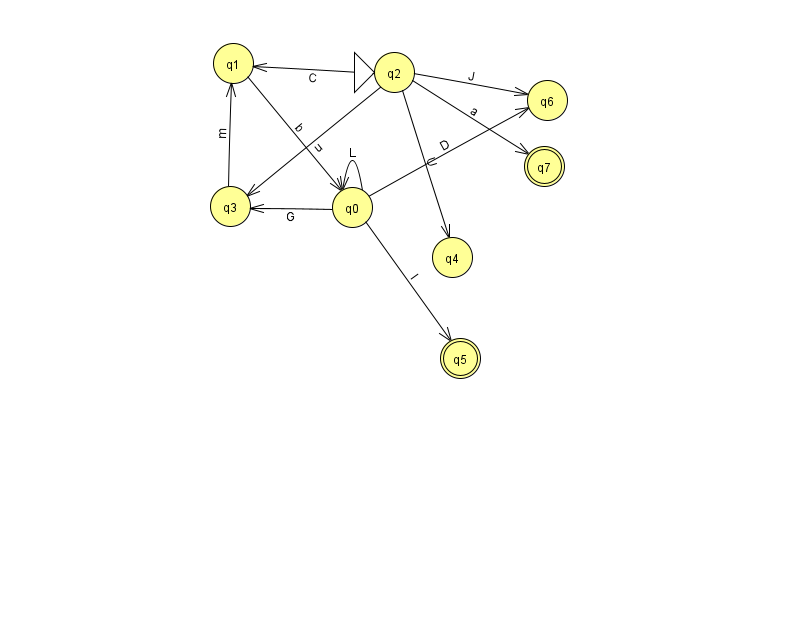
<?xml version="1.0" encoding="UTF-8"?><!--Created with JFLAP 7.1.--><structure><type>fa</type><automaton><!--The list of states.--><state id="0" name="q0"><x>352.0</x><y>194.0</y></state><state id="1" name="q1"><x>233.0</x><y>50.0</y></state><state id="2" name="q2"><x>394.0</x><y>59.0</y><initial/></state><state id="3" name="q3"><x>230.0</x><y>193.0</y></state><state id="4" name="q4"><x>452.0</x><y>244.0</y></state><state id="5" name="q5"><x>460.0</x><y>345.0</y><final/></state><state id="6" name="q6"><x>547.0</x><y>87.0</y></state><state id="7" name="q7"><x>544.0</x><y>153.0</y><final/></state><!--The list of transitions.--><transition><from>2</from><to>6</to><read>J</read></transition><transition><from>1</from><to>0</to><read>b</read></transition><transition><from>2</from><to>3</to><read>u</read></transition><transition><from>2</from><to>1</to><read>C</read></transition><transition><from>2</from><to>4</to><read>U</read></transition><transition><from>0</from><to>3</to><read>G</read></transition><transition><from>0</from><to>6</to><read>D</read></transition><transition><from>0</from><to>5</to><read>I</read></transition><transition><from>2</from><to>7</to><read>a</read></transition><transition><from>0</from><to>0</to><read>L</read></transition><transition><from>3</from><to>1</to><read>m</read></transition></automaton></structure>